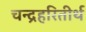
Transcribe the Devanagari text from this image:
चन्द्रहरितीर्थ